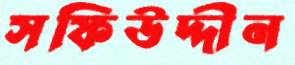
সফিউদ্দীন